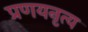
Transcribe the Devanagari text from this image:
प्रणयनृत्य